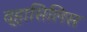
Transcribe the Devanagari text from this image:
व्हासिलिस